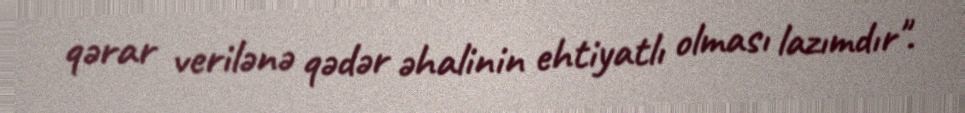
qərar verilənə qədər əhalinin ehtiyatlı olması lazımdır".